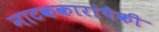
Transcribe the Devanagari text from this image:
नाटककारांपैकी